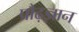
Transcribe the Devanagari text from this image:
प्रौढ़ज्ञान